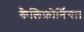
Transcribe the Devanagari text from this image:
कैलिफ़ोर्निया।